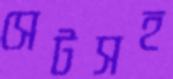
সেটসহ